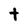
Character: t